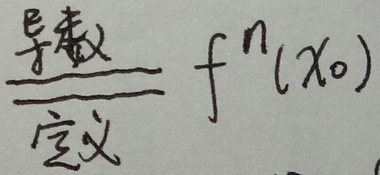
\frac{导数}{定义} f^{n}(x_{0})